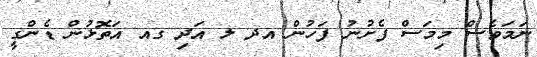
ނަމަވެސް މިމަސް ފެށުނު ފަހުން އދ ލ އަދި ގއ އަތޮޅުން ޑެންގީ